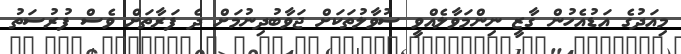
މިއަދުގެ އަޑުއެހުން ގާޒީ ނިންމަވާލެއްވީ ސުވާލުތަކަށް ޖަވާބުދިނުމަށް ދެ ފަރާތަށް ވެސް ފުރުސަތު